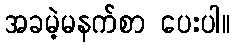
အခမဲ့မနက်စာ ပေးပါ။